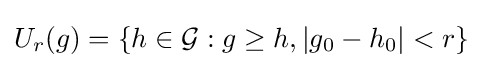
U_{r}(g)=\{h\in {\mathcal {G}}:g\geq h,|g_{0}-h_{0}|<r\}